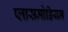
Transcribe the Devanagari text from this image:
प्लासमोडियम